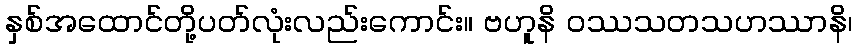
နှစ်အထောင်တို့ပတ်လုံးလည်းကောင်း။ ဗဟူနိ ဝဿသတသဟဿာနိ၊